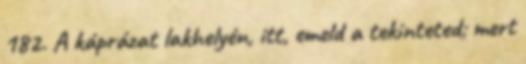
182. A káprázat lakhelyén, itt, emeld a tekinteted; mert